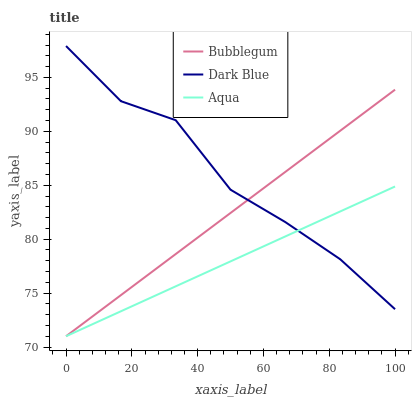
| xaxis_label | Bubblegum | Dark Blue | Aqua |
 | --- | --- | --- | --- |
 | 0 | 71 | 97.9 | 71 |
 | 16.7 | 74.8 | 92.8 | 73.3 |
 | 33.3 | 78.6 | 91 | 75.6 |
 | 50 | 82.4 | 84.6 | 77.9 |
 | 66.7 | 86.2 | 81.6 | 80.3 |
 | 83.3 | 90.1 | 78.1 | 82.6 |
 | 100 | 93.9 | 73.5 | 84.9 |